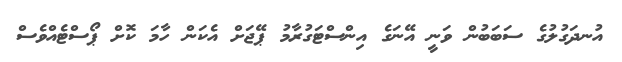
އުނދަގުލުގެ ސަބަބުން ވަނީ އޭނަގެ އިންސްޓަގުރާމު ޕޭޖަށް އެކަން ހާމަ ކޮށް ޕޯސްޓެއްވެސް